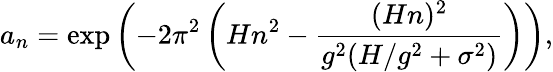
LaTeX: a_{n}=\exp\left(-2\pi^{2}\left(Hn^{2}-\frac{(Hn)^{2}}{g^{2}(H/g^{2}+\sigma^{2})}\right)\right),